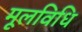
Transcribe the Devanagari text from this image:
मूलविधि